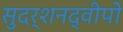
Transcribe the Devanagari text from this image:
सुदर्शनद्वीपो